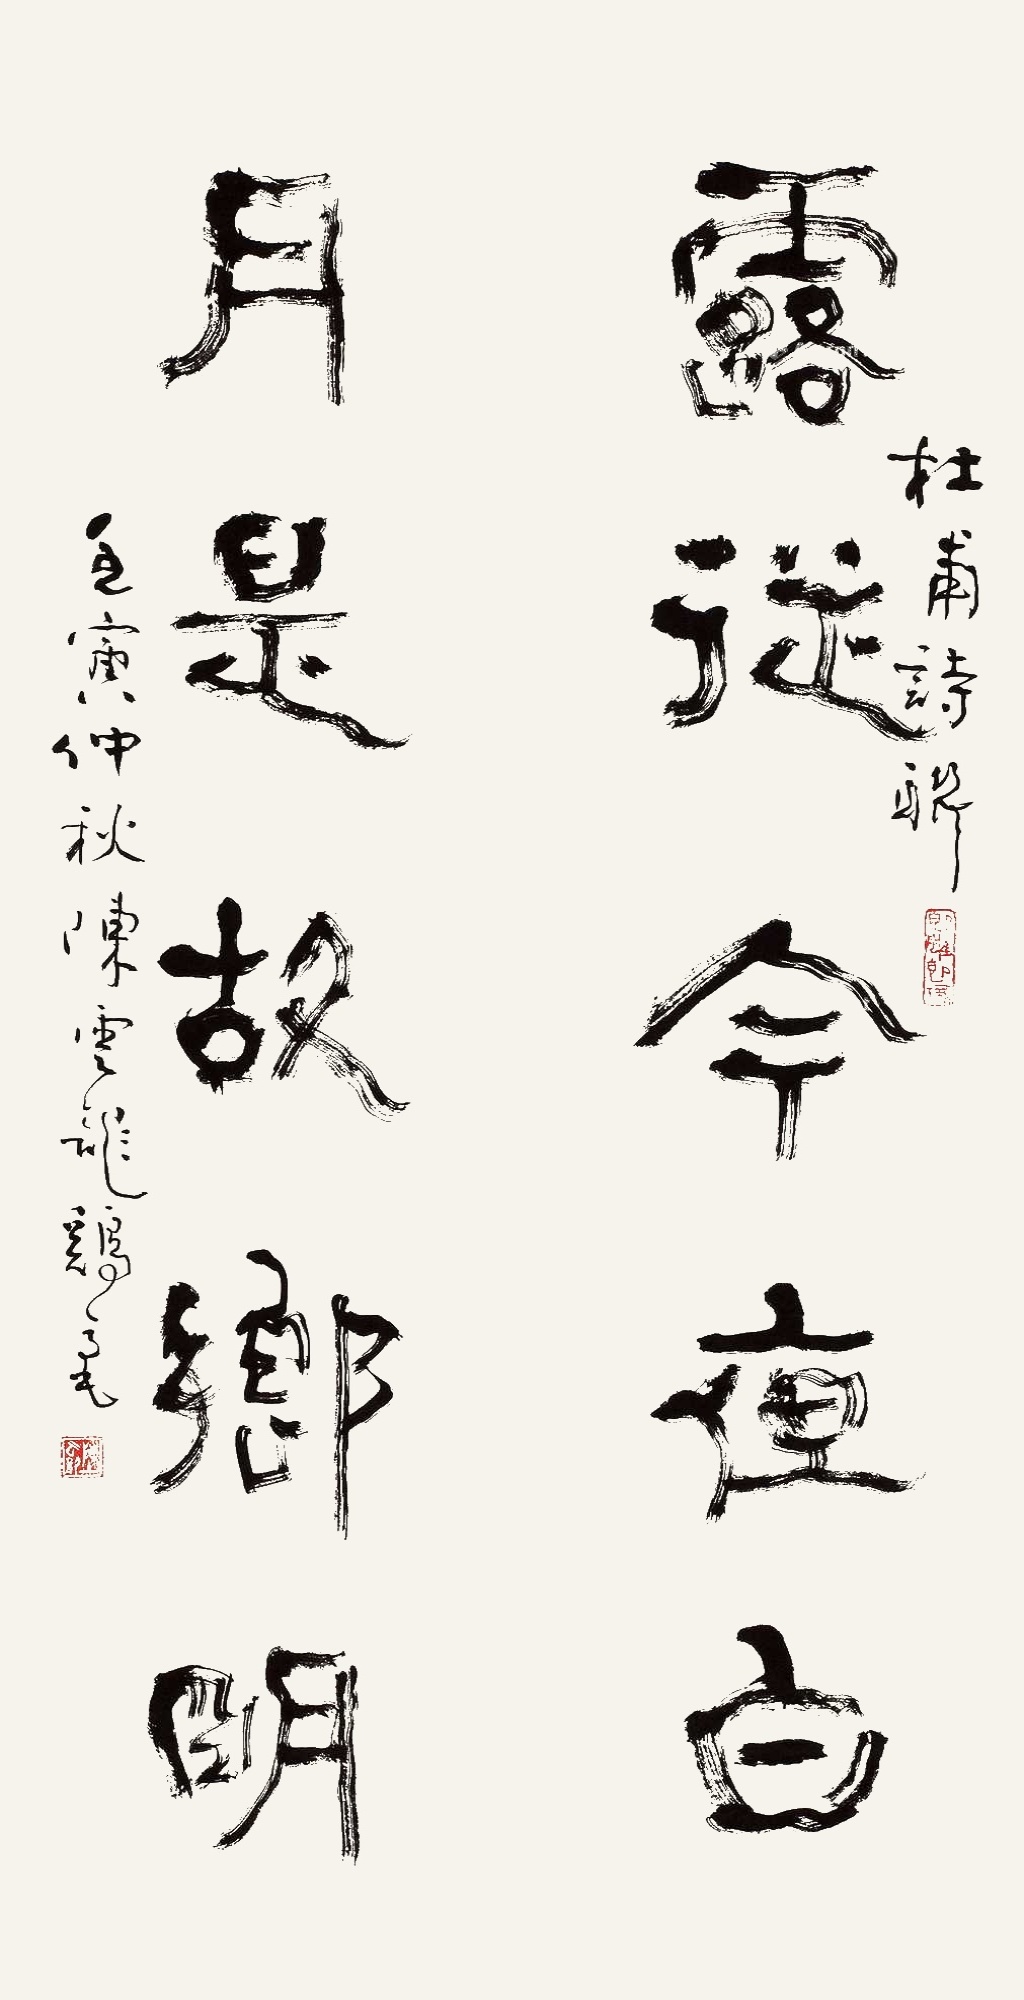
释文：露从今夜白，月是故乡明。杜甫诗联。壬寅仲秋陈云龙鸡毫。